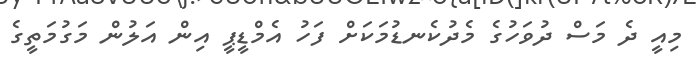
މިއީ ދެ މަސް ދުވަހުގެ މެދުކެނޑުމަކަށް ފަހު އެމްޑީޕީ އިން އަލުން މަގުމަތީގެ